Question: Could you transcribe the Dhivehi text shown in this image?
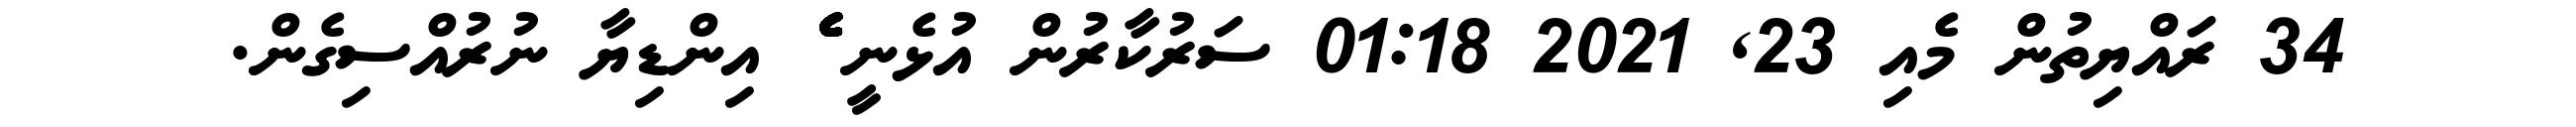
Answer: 34 ރައްޔިތުން މެއި 23, 2021 01:18 ސަރުކާރުން އުޅެނީ ެެެެެެެެެެެެެެެެެެެެެެެެެެެެެެެެެެެެެެެެެެެެެެެެެެެެެެެެެެެެެެެ އިންޑިޔާ ނުރުއްސިގެން.